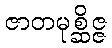
ဇာတမုစ္ဆိဇ္ဇ